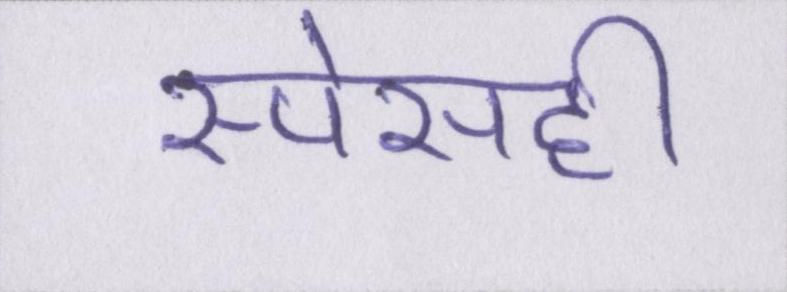
स्पेसही